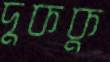
দুককু